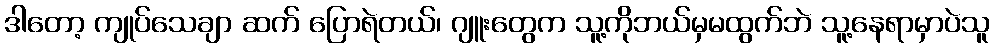
ဒါတော့ ကျုပ်သေချာ ဆက် ပြောရဲတယ်၊ ဂျူးတွေက သူ့ကိုဘယ်မှမထွက်ဘဲ သူ့နေရာမှာပဲသူ